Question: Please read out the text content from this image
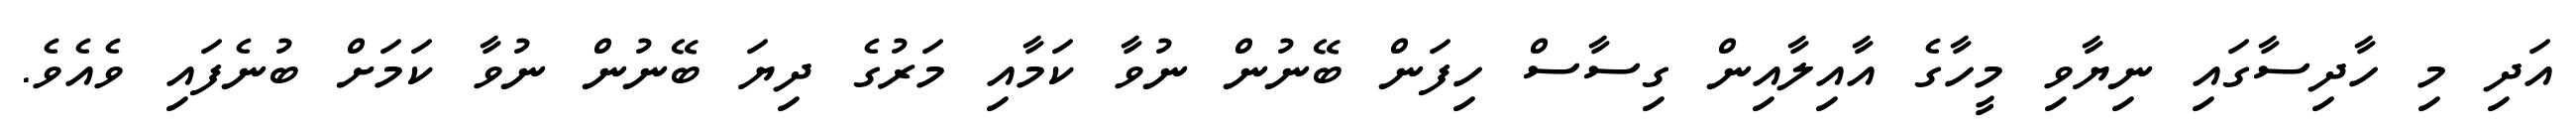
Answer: އަދި މި ހާދިސާގައި ނިޔާވި މީހާގެ އާއިލާއިން ގިސާސް ހިފަން ބޭނުން ނުވާ ކަމާއި މަރުގެ ދިޔަ ބޭނުން ނުވާ ކަމަށް ބުނެފައި ވެއެވެ.